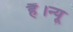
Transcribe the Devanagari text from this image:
हैं।न्यू